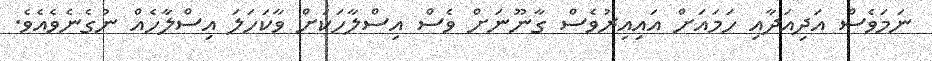
ނަމަވެސް އަދިއަދާއި ހަމައަށް އައިއިރުވެސް ގާނޫނަށް ވެސް އިސްލާހަކަށް ވާކަހަލަ އިސްލާހެއް ނުގެނެވެއެވެ.